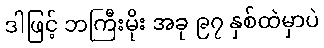
ဒါဖြင့် ဘကြီးမိုး အခု ၉၇ နှစ်ထဲမှာပဲ